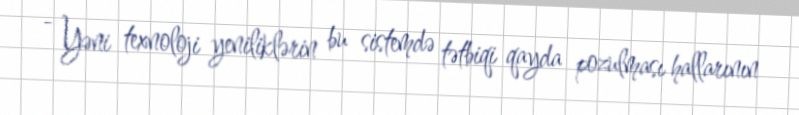
- Yəni texnoloji yeniliklərin bu sistemdə tətbiqi qayda pozulması hallarının